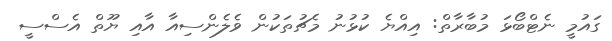
ގައުމީ ނެޓްބޯޅަ މުބާރާތް: އިއްޔެ ކުޅުނު މެޗުތަކުން ވެލެންސިއާ އާއި ޔޫތް އެސްސީ